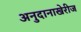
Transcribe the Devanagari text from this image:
अनुदानाखेरीज